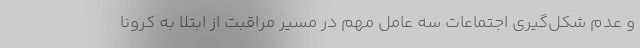
و عدم شکل‌گیری اجتماعات سه عامل مهم در مسیر مراقبت از ابتلا به کرونا